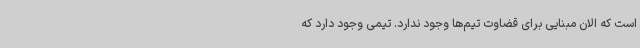
است که الان مبنایی برای قضاوت تیم‌ها وجود ندارد. تیمی وجود دارد که